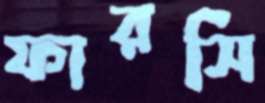
ফারসি